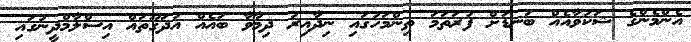
އެންމެންގެ ޝަކުވާއެއް ބަނޑަށް ފުރަތަމަ ތިންމަހުގައި ނިދާއިރު ދިމާވާ ބައެއް އުދަގޫތައް އިސްލާމްދީނުގައި